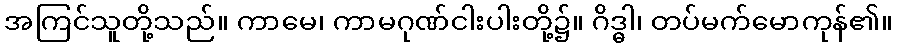
အကြင်သူတို့သည်။ ကာမေ၊ ကာမဂုဏ်ငါးပါးတို့၌။ ဂိဒ္ဓါ၊ တပ်မက်မောကုန်၏။